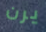
يرن